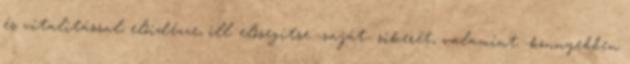
és vitalitással; előidézze, ill. elősegítse -saját- sikerét, valamint -könnyebben